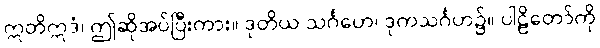
ဣတိဣဒံ၊ ဤဆိုအပ်ပြီးကား။ ဒုတိယ သင်္ဂဟေ၊ ဒုကသင်္ဂဟ၌။ ပါဠိတော်ကို